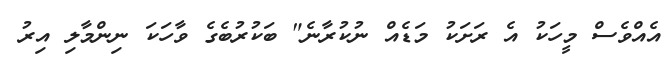
އެއްވެސް މީހަކު އެ ރަށަކު މަޑެއް ނުކުރާނެ" ބަކުރުބެގެ ވާހަކަ ނިންމާލި އިރު